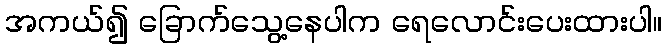
အကယ်၍ ခြောက်သွေ့နေပါက ရေလောင်းပေးထားပါ။